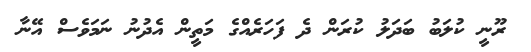
ރޫނީ ކުލަބު ބަދަލު ކުރަން ދެ ފަހަރެއްގެ މަތީން އެދުނު ނަމަވެސް އޭނާ